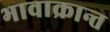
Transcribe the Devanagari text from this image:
भावाक्रान्त